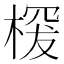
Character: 𣖒